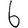
Digit: 6